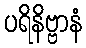
ပရိနိဗ္ဗာနံ